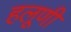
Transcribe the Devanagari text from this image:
हलूणी